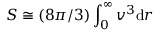
S \cong \left( { 8 \pi / 3 } \right) \int _ { 0 } ^ { \infty } v ^ { 3 } \mathrm { d } r